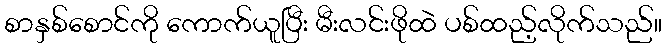
စာနှစ်စောင်ကို ကောက်ယူပြီး မီးလင်းဖိုထဲ ပစ်ထည့်လိုက်သည်။